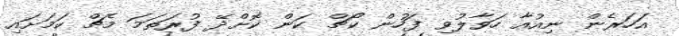
އަހަރެން ނިއުއާ ހަވާލުވި ފަހުން ކޯޗް ކަން ކޮށްދޭ ފުރަތަމަ މެޗް ކަމަށައި